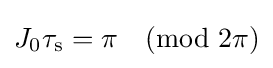
J_{0}\tau _{\rm {s}}=\pi {\pmod {2\pi }}